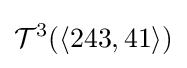
{\mathcal {T}}^{3}(\langle 243,41\rangle )